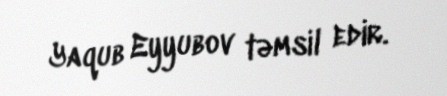
Yaqub Eyyubov təmsil edir.